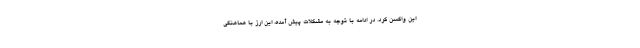
این واکسن کرد. در ادامه با توجه به مشکلات پیش آمده، این ارز با هماهنگی